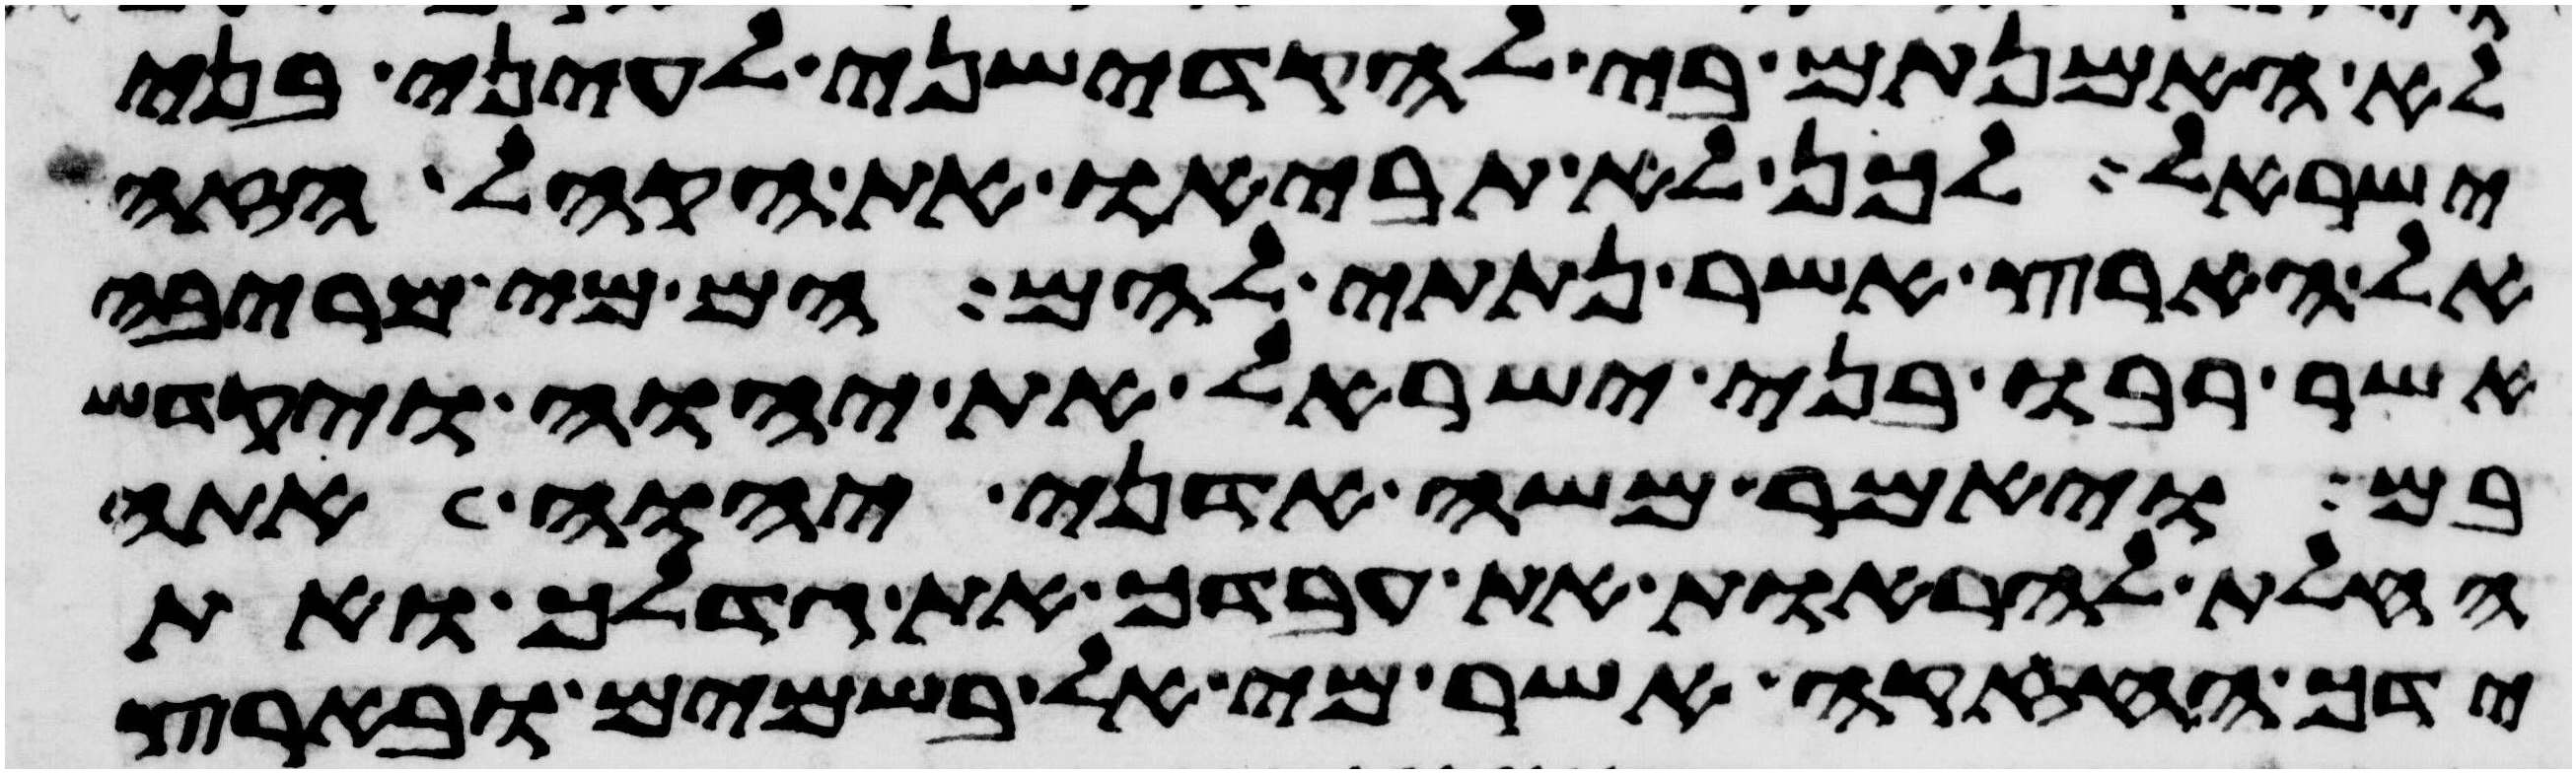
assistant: לא האמנתם בי להקדישני לעיני בני
ישראל לכן לא תביאו את הקהל הזה
אל הארץ אשר נתתי להם הם מי מריבה
אשר רבו בני ישראל את יהוה ויקדש
בם ויאמר משה אדני יהוה אתה
החלת להראות את עבדך את גדלך ואת
ידך החזקה אשר מי אל בשמים ובארץ